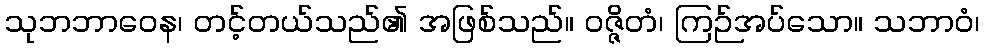
သုဘဘာဝေန၊ တင့်တယ်သည်၏ အဖြစ်သည်။ ဝဇ္ဇိတံ၊ ကြဉ်အပ်သော။ သဘာဝံ၊